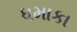
ધમાકા